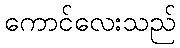
ကောင်လေးသည်